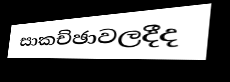
සාකච්ඡාවලදීද